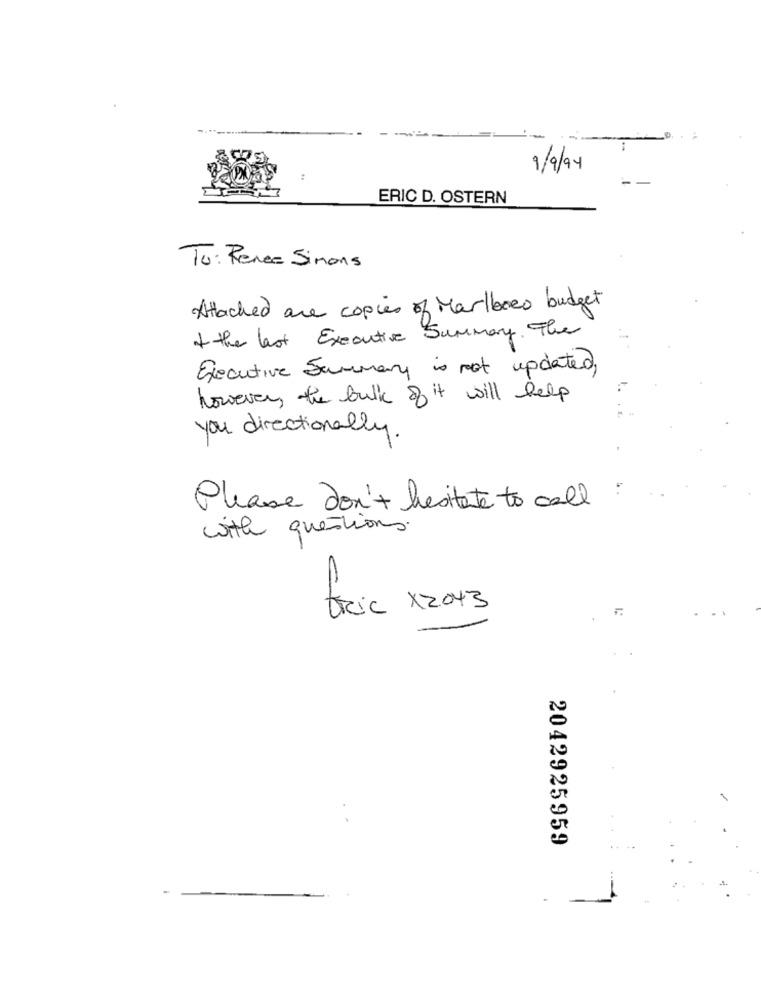
9/9/94
ERIC D. OSTERN
To: Renee Simons
Attached are copies of Marlboro budget
of the last Executive Summary. The
Executive Summary is not updated,
however, the bulk of it will help
you directionally.
Please don't hesitate to call
with questions.
tric X2043
2042925959
--